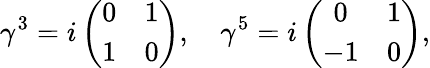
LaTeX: \gamma^{3}=i\left(\begin{array}{cc}{{0}}&{{1}}\\ {{1}}&{{0}}\end{array}\right),\quad\gamma^{5}=i\left(\begin{array}{cc}{{0}}&{{1}}\\ {{-1}}&{{0}}\end{array}\right),